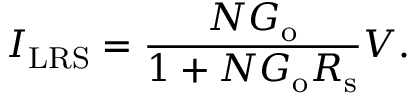
I _ { \mathrm { L R S } } = \frac { N G _ { \mathrm { o } } } { 1 + N G _ { \mathrm { o } } R _ { \mathrm { s } } } V .